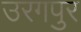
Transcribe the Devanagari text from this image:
उरगपुर